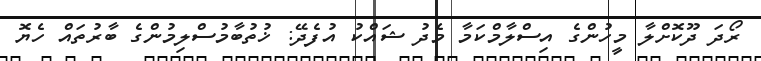
ރޯދަ ދޫކޮށްލާ މީހުންގެ އިސްލާމްކަމާ މެދު ޝައްކު އުފެދޭ: ޚުތުބާމުސްލިމުންގެ ބާރުތައް ހެޔޮ